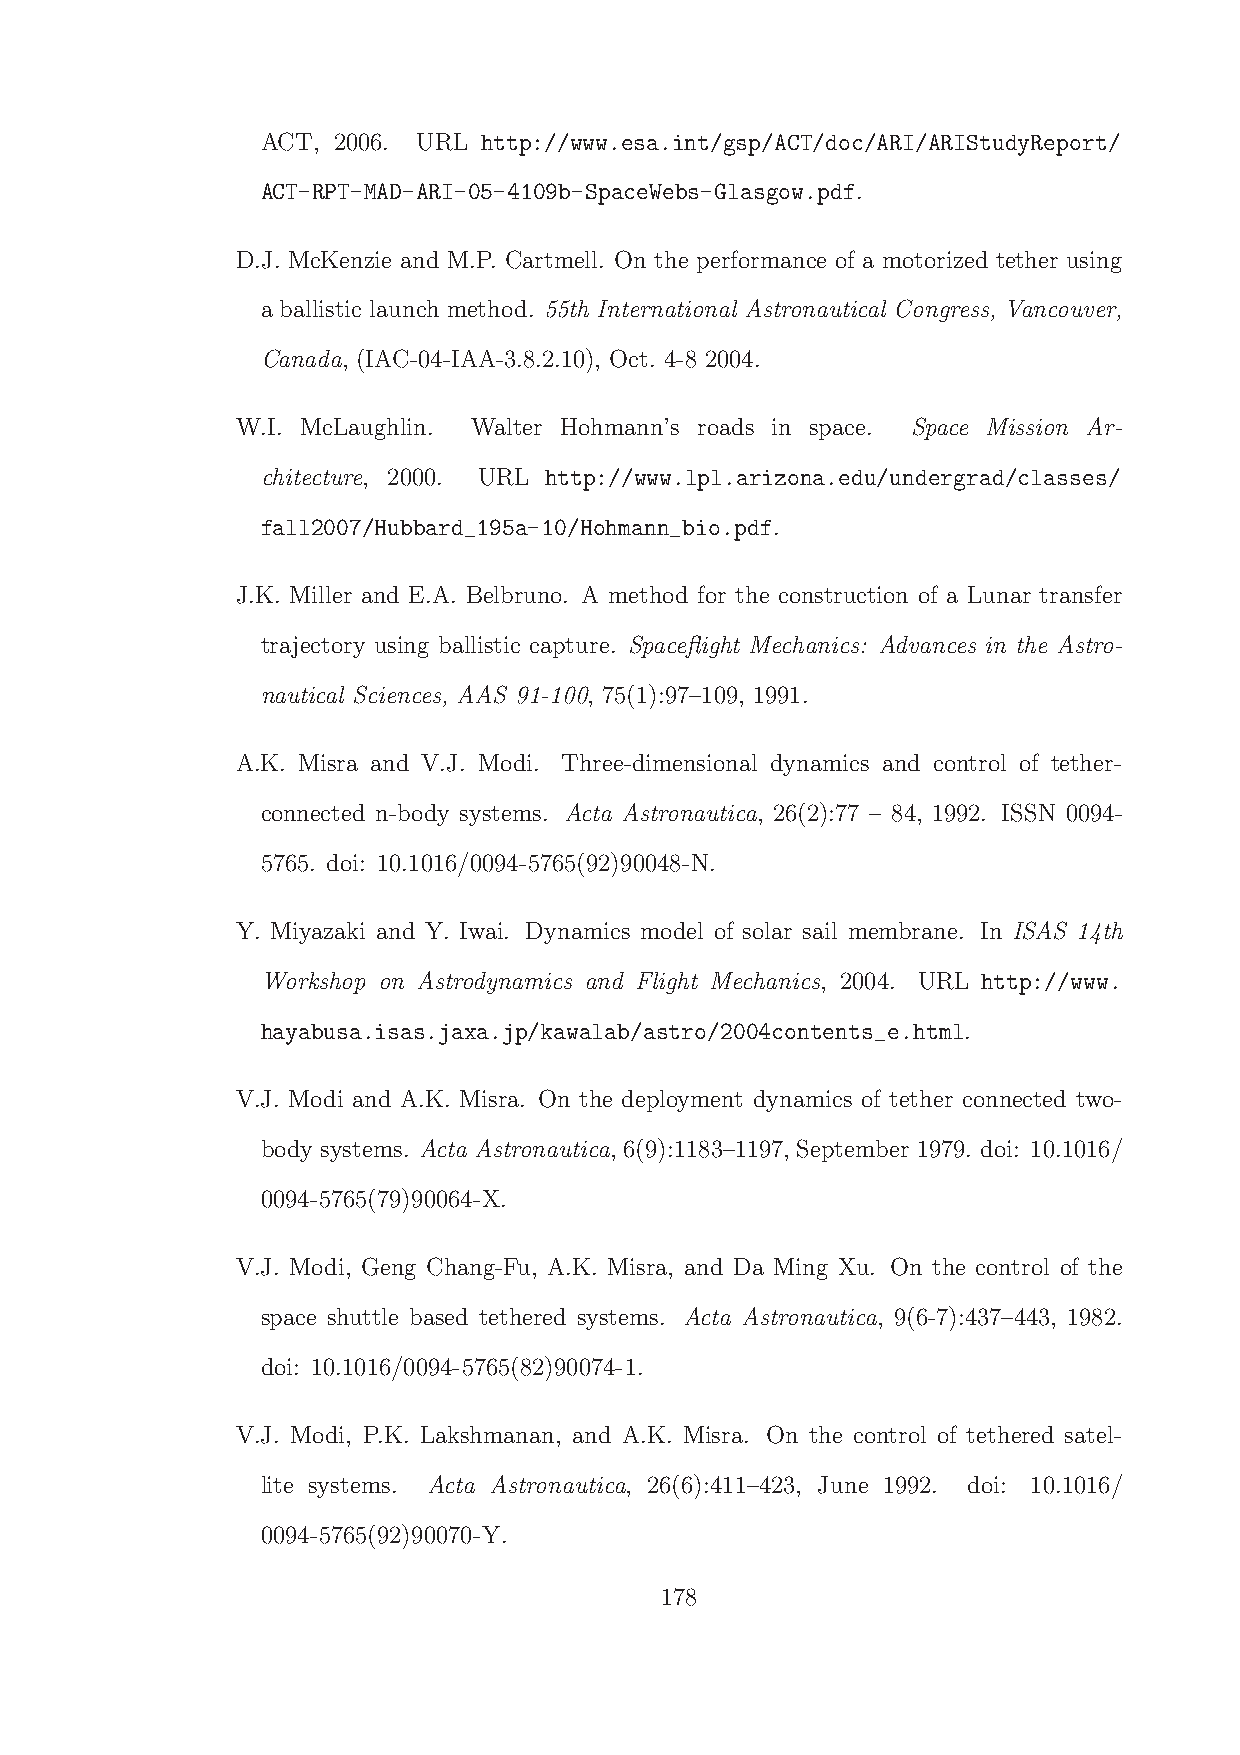
ACT, 2006. URL http://www.esa.int/gsp/ACT/doc/ARI/ARIStudyReport/
 ACT-RPT-MAD-ARI-05-4109b-SpaceWebs-Glasgow.pdf.
 D.J. McKenzie and M.P. Cartmell. On the performance of a motorized tether using
 a ballistic launch method. 55th International Astronautical Congress, Vancouver,
 Canada, (IAC-04-IAA-3.8.2.10), Oct. 4-8 2004.
 W.I. McLaughlin. Walter Hohmann’s roads in space. Space Mission Ar-
 chitecture, 2000. URL http://www.lpl.arizona.edu/undergrad/classes/
 fall2007/Hubbard_195a-10/Hohmann_bio.pdf.
 J.K. Miller and E.A. Belbruno. A method for the construction of a Lunar transfer
 trajectory using ballistic capture. Spaceflight Mechanics: Advances in the Astro-
 nautical Sciences, AAS 91-100, 75(1):97–109, 1991.
 A.K. Misra and V.J. Modi. Three-dimensional dynamics and control of tether-
 connected n-body systems. Acta Astronautica, 26(2):77 – 84, 1992. ISSN 0094-
 5765. doi: 10.1016/0094-5765(92)90048-N.
 Y. Miyazaki and Y. Iwai. Dynamics model of solar sail membrane. In ISAS 14th
 Workshop on Astrodynamics and Flight Mechanics, 2004. URL http://www.
 hayabusa.isas.jaxa.jp/kawalab/astro/2004contents_e.html.
 V.J. Modi and A.K. Misra. On the deployment dynamics of tether connected two-
 body systems. Acta Astronautica, 6(9):1183–1197, September 1979. doi: 10.1016/
 0094-5765(79)90064-X.
 V.J. Modi, Geng Chang-Fu, A.K. Misra, and Da Ming Xu. On the control of the
 space shuttle based tethered systems. Acta Astronautica, 9(6-7):437–443, 1982.
 doi: 10.1016/0094-5765(82)90074-1.
 V.J. Modi, P.K. Lakshmanan, and A.K. Misra. On the control of tethered satel-
 lite systems. Acta Astronautica, 26(6):411–423, June 1992. doi: 10.1016/
 0094-5765(92)90070-Y.
 178